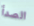
الصدأ